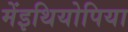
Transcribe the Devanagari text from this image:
मेंइथियोपिया